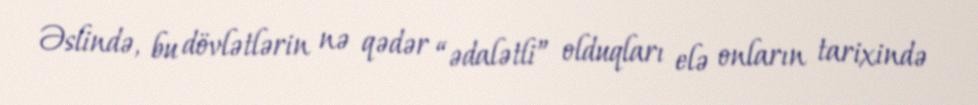
Əslində, bu dövlətlərin nə qədər “ədalətli” olduqları elə onların tarixində